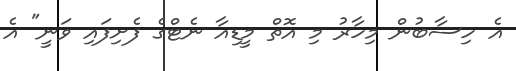
އެ ހިސާބުން މިހާރު މި އޮތް މީޑިއާ ނެޓްގެ ފެށިފައި ވަނީ" އެ